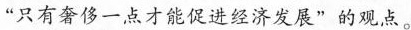
”只有奢侈一点才能促进经济发展”的观点。